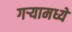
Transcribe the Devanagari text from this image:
गर्‍यामध्ये